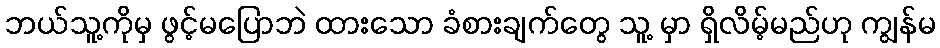
ဘယ်သူ့ကိုမှ ဖွင့်မပြောဘဲ ထားသော ခံစားချက်တွေ သူ့ မှာ ရှိလိမ့်မည်ဟု ကျွန်မ